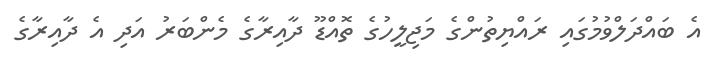
އެ ބައްދަލްވުމުގައި ރައްޔިތުންގެ މަޖިލީހުގެ ތޮއްޑޫ ދާއިރާގެ މެންބަރު އަދި އެ ދާއިރާގެ